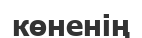
көненің